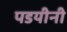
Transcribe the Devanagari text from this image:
पडयीनी